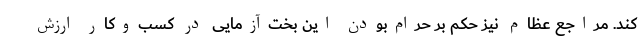
کند. مراجع عظام نیز حکم بر حرام‌بودن این بخت‌آزمایی در کسب‌و‌کار ارزش